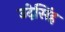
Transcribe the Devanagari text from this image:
उदेसिंह